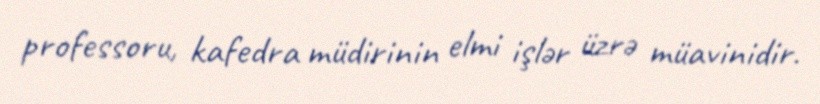
professoru, kafedra müdirinin elmi işlər üzrə müavinidir.